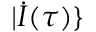
| \dot { I } ( \tau ) \}